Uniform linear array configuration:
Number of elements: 8
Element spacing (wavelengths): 0.5
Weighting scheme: hann
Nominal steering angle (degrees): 45
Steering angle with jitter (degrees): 44.189
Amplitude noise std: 0.05
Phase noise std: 0.05

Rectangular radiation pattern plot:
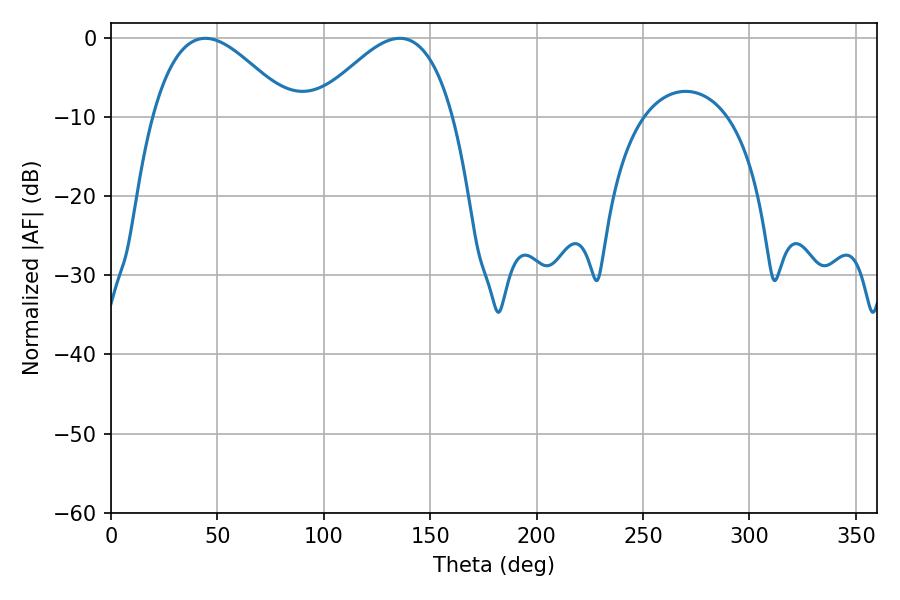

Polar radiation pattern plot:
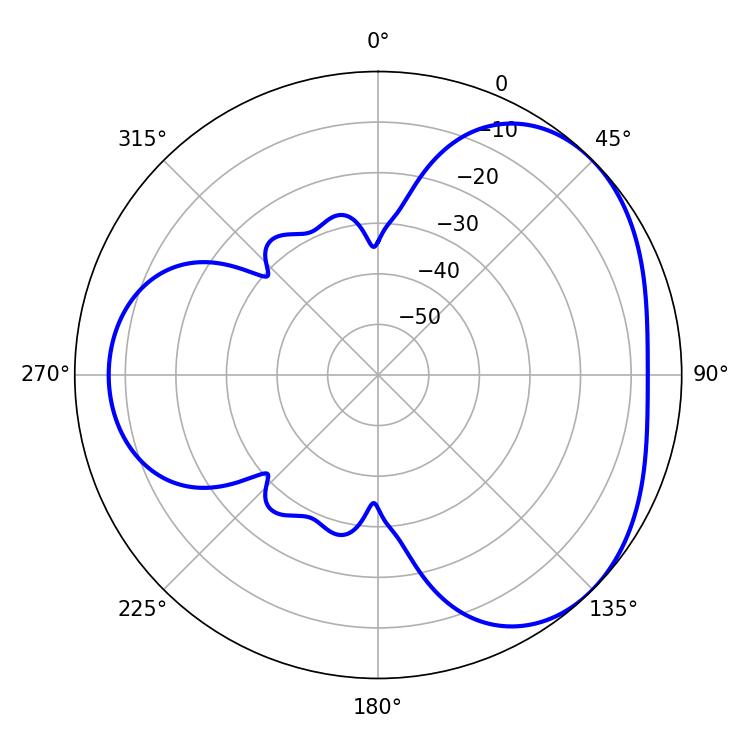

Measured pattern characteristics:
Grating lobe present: FALSE
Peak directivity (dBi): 3.599
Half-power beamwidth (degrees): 35.28
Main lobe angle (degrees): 44.28